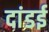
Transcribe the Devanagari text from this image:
दांडई